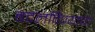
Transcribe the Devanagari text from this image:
बदलविण्याचा